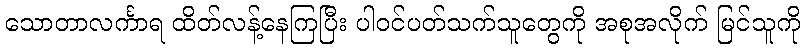
သောတာလင်္ကာရ ထိတ်လန့်နေကြပြီး ပါဝင်ပတ်သက်သူတွေကို အစုအလိုက် မြင်သူကို